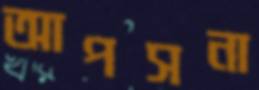
আপসনা